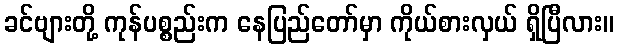
ခင်ဗျားတို့ ကုန်ပစ္စည်းက နေပြည်တော်မှာ ကိုယ်စားလှယ် ရှိပြီလား။